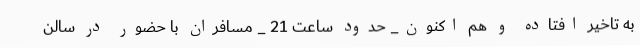
به تاخیر افتاده و هم اکنون_ حدود ساعت 21 _ مسافران با حضور در سالن